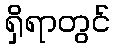
ရှိရာတွင်